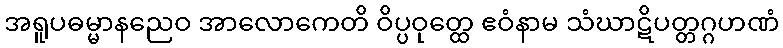
အရူပဓမ္မာနညေဝ အာလောကေတိ ဝိပ္ပဝုတ္ထေ ဧဝံနာမ သံဃာဋိပတ္တဂ္ဂဟဏံ